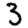
Digit: 3